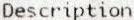
DESCRIPTION